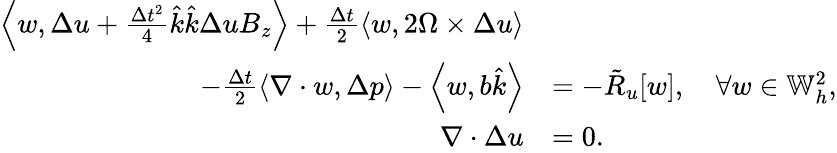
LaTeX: \begin{array}{rl}{\left\langle w,\Delta u+\frac{\Delta t^{2}}{4}\hat{k}\hat{k}\Delta uB_{z}\right\rangle+\frac{\Delta t}{2}\left\langle w,2\Omega\times\Delta u\right\rangle}&{}\\ {\qquad-\frac{\Delta t}{2}\left\langle\nabla\cdot w,\Delta p\right\rangle-\left\langle w,b\hat{k}\right\rangle}&{=-\tilde{R}_{u}[w],\quad\forall w\in\mathbb{W}_{h}^{2},}\\ {\nabla\cdot\Delta u}&{=0.}\end{array}